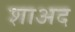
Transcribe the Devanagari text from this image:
शाअद